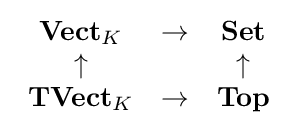
{\begin{array}{ccc}{\textbf {Vect}}_{K}&\rightarrow &{\textbf {Set}}\\\uparrow &&\uparrow \\{\textbf {TVect}}_{K}&\rightarrow &{\textbf {Top}}\end{array}}